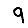
Digit: 9